Vaccination in the Punjab 1905-1918 - 1905-1918
Year: 1905
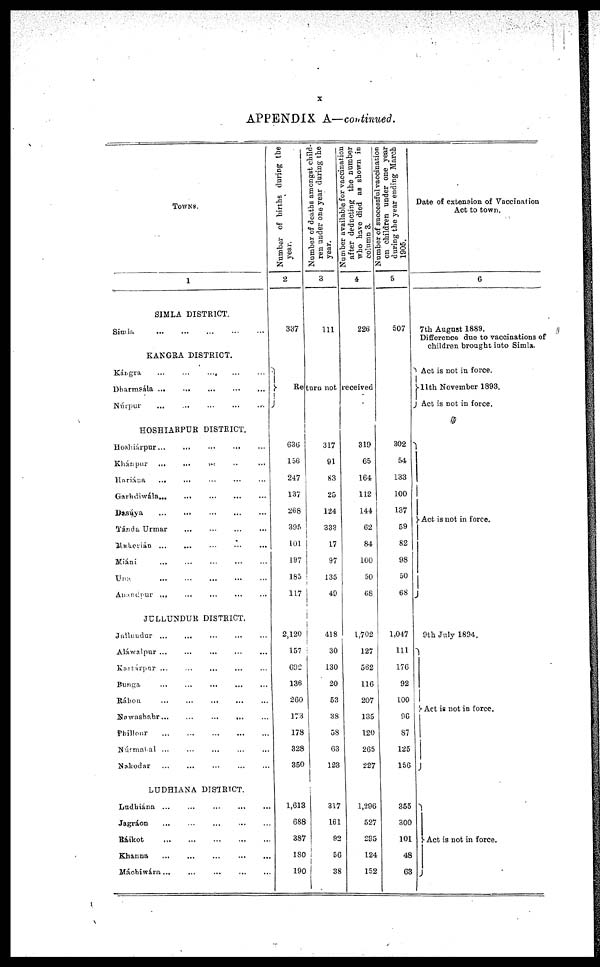
x
APPENDIX A—continued.
TOWNS.
1
SIMLA DISTRICT.
Simla
...
...
...
...
...
KANGRA DISTRICT.
Kárgra
...
...
...
...
...
Dharmsála ... ... ... ... ...
Núrpur ... ... ... ... ...
HOSHIARPUR DISTRICT.
Hoshiárpur... ... ... ... ...
Khánpur ... ... ... ... ...
Hariána ... ... ... ... ...
Garhdiwála ... ... ... ... ...
Dasúya
...
...
...
...
...
Tánda Urmar ... ... ... ... ...
Makeriáo ... ... ... ... ...
Miáni ... ... ... ... ...
UP
...
...
...
...
...
Aandnpur ... ... ... ... ...
JULLUNDUR DISTRICT.
Jullendur ... ... ... ... ...
Aláwalpur ... ... ... ... ...
Kartárpur ... ... ... ... ...
Bunga ... ... ... ... ...
Rábon ... ... ... ... ...
Nawashahr
...
...
...
...
...
Phillour
...
...
...
...
...
Núrmatal ... ... ... ... ...
Nakodar ... ... ... ... ...
LUDHIANA DISTRICT.
Ludhiána ... ... ... ... ...
Jagràon ... ... ... ... ...
Báikot
...
...
...
...
...
Khanna ... ... ... ... ...
Máchiwára ... ... ... ... ...
Number of births during the
year.
2
337
Number of deaths amongst child-
ren under one year during the
year.
3
111
Number available for vaccination
after deducting the number
who have died as shown in
column 3.
4
226
Number of successful vaccination
on children under one year
during the year ending March
1905.
5
507
Return not received
636
156
247
137
268
395
101
197
165
117
2,120
157
692
136
260
173
178
328
350
1,613
688
387
180
190
317
91
83
25
124
333
17
97
135
49
418
30
130
20
53
38
58
63
123
317
161
92
56
38
319
65
164
112
144
62
84
100
50
68
1,702
127
562
116
207
135
120
265
227
1,296
527
295
124
152
302
54
133
100
137
59
82
98
50
68
1,047
111
176
92
100
96
87
125
156
355
300
101
48
63
Date of extension of Vaccination
Act to town.
6
7th August 1889.
Difference due to vaccinations of
children brought into Simla.
Act is not in force.
11th November 1893.
Act is not in force.
Act is not in force.
9th July 1894.
Act is not in force.
Act is not in force.